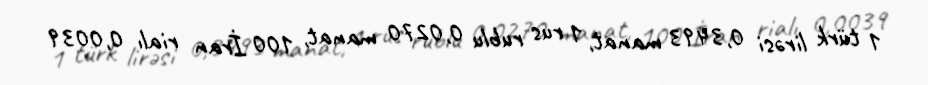
1 türk lirəsi 0,3493 manat, 1 rus rublu 0,0270 manat, 100 İran rialı 0,0039